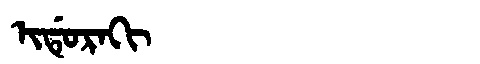
Manchu: ᡳᡩᡠᡵᠠᡴᡳ
Romanization: IDURAKI